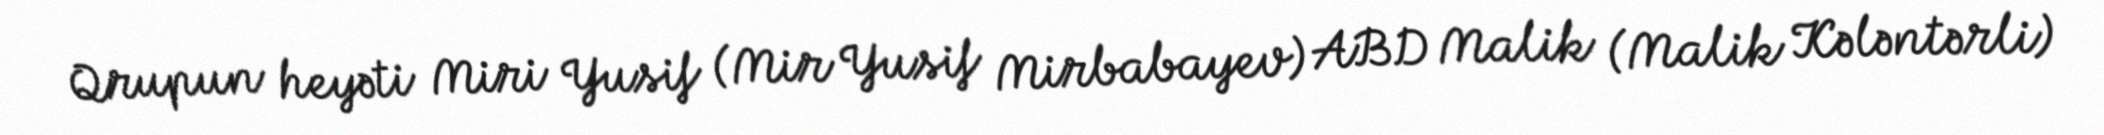
Qrupun heyəti Miri Yusif (Mir Yusif Mirbabayev) ABD Malik (Malik Kələntərli)